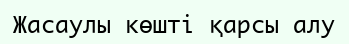
Жасаулы көшті қарсы алу